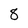
Character: 8